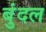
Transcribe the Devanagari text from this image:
बुंदल